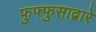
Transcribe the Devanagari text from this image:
फुफ्फुसाद्वारे